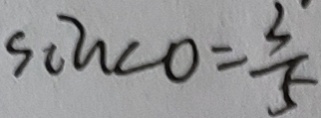
\sin \angle O = \frac { 3 } { 5 }